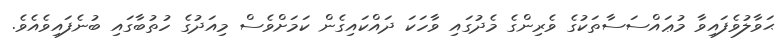
ޙަވާލުވެފައިވާ މުޢައްސަސާތަކުގެ ވެރިންގެ މެދުގައި ވާހަކަ ދައްކައިގެން ކަމަށްވެސް މިއަދުގެ ހުތުބާގައި ބުނެފައިވެއެވެ.